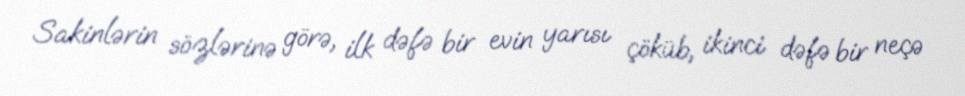
Sakinlərin sözlərinə görə, ilk dəfə bir evin yarısı çöküb, ikinci dəfə bir neçə